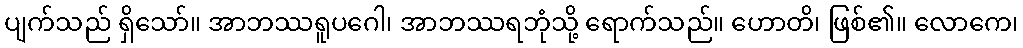
ပျက်သည် ရှိသော်။ အာဘဿရူပဂေါ၊ အာဘဿရဘုံသို့ ရောက်သည်။ ဟောတိ၊ ဖြစ်၏။ လောကေ၊